Vital statistics of India. Vol. VI, European troops 1870-79
Year: 1870
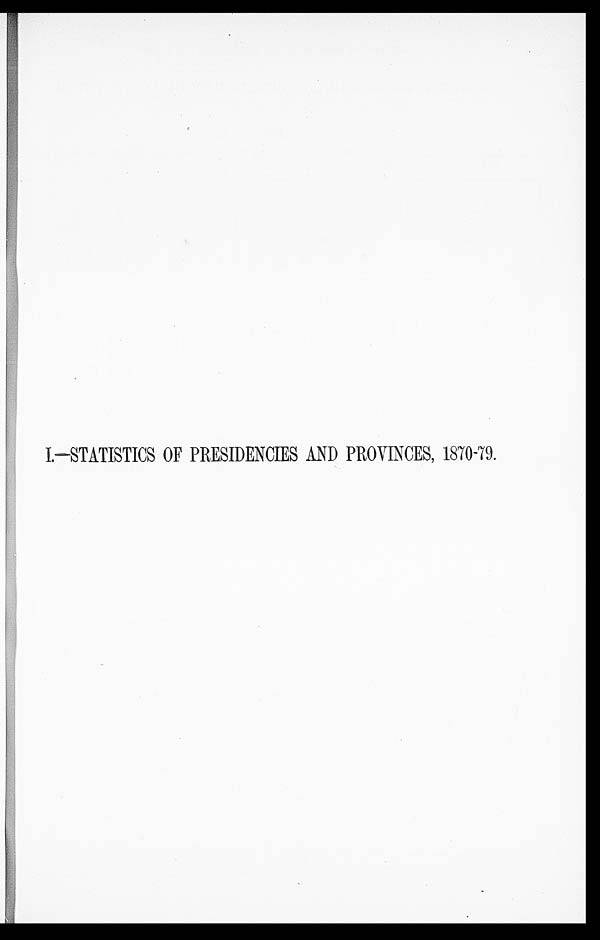
I.—STATISTICS OF PRESIDENCIES AND PROVINCES, 1870-79.